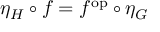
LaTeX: \eta _ { H } \circ f = f ^ { \mathrm { o p } } \circ \eta _ { G }